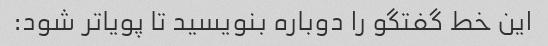
این خط گفتگو را دوباره بنویسید تا پویاتر شود: